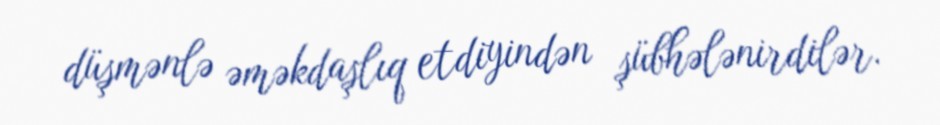
düşmənlə əməkdaşlıq etdiyindən şübhələnirdilər.